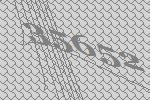
35652